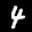
Digit: 4